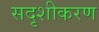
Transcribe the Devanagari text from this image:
सदृशीकरण